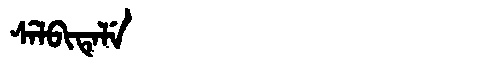
Manchu: ᠰᡝᠯᠪᡳᡨᡝᠯᡝ
Romanization: SELBITELE